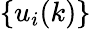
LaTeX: \{ u_{i}(k)\}